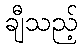
ချီသည့်